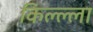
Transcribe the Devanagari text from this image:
किल्ल्‍ला